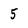
Character: 5